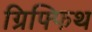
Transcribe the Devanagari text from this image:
ग्रिफ्फिथ